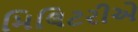
મિલિટરીએ